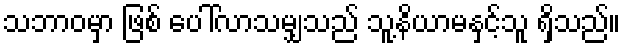
သဘာဝမှာ ဖြစ် ပေါ်လာသမျှသည် သူ့နိယာမနှင့်သူ ရှိသည်။